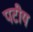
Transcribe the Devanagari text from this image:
पटीय